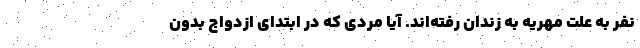
نفر به علت مهریه به زندان رفته‌اند. آیا مردی که در ابتدای ازدواج بدون